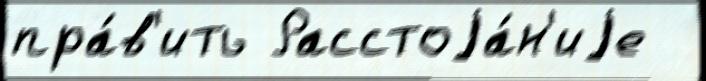
пра́в'ить Расстоjа́н'иjе